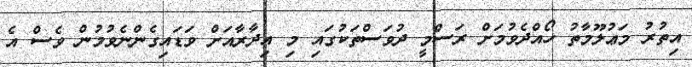
އިތުރު މަޢުލޫމާތު ހޯއްދެވުމަށް ރަސްމީ ދުވަސްތަކުގައި މި އިދާރާއަށް ވަޑައިގެންނެވުމުން ވެސް އެ